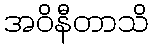
အဝိနီတာသိ